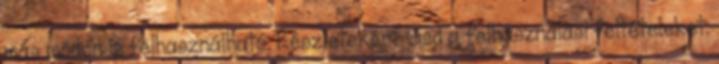
más módon is felhasználható. Részletekért lásd a felhasználási feltételeket.